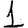
Digit: 1